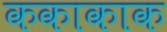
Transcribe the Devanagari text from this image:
ककाकाक